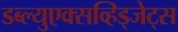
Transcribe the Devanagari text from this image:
डब्ल्युएक्सव्हिड्जेट्स